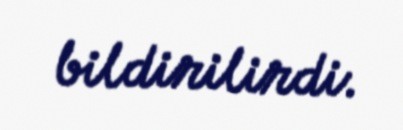
bildirilirdi.